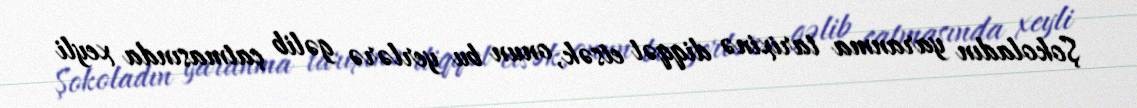
Şokoladın yaranma tarixinə diqqət etsək, onun bu yerlərə gəlib çatmasında xeyli